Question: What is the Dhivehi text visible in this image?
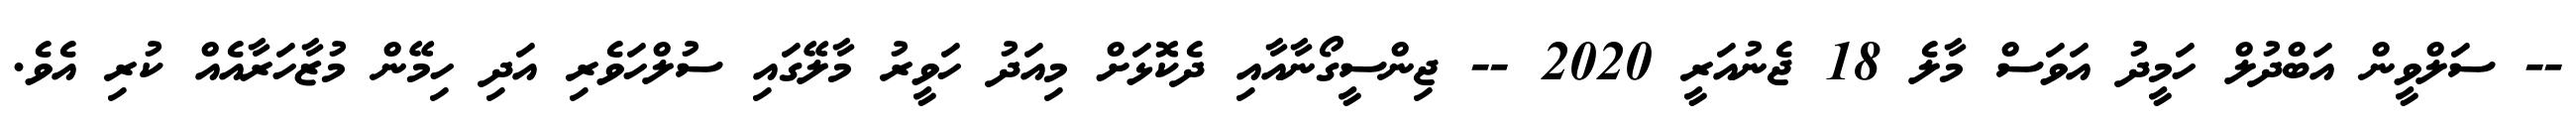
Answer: -- ސަލްވީން އަބްދުލް ހަމީދު އަވަސް މާލެ 18 ޖެނުއަރީ 2020 -- ޖިންސީގޯނާއާއި ދެކޮޅަށް މިއަދު ހަވީރު މާލޭގައި ސުލްހަވެރި އަދި ހިމޭން މުޒާހަރާއެއް ކުރި އެވެ.